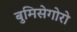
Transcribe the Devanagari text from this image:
बुमिसेगोरो